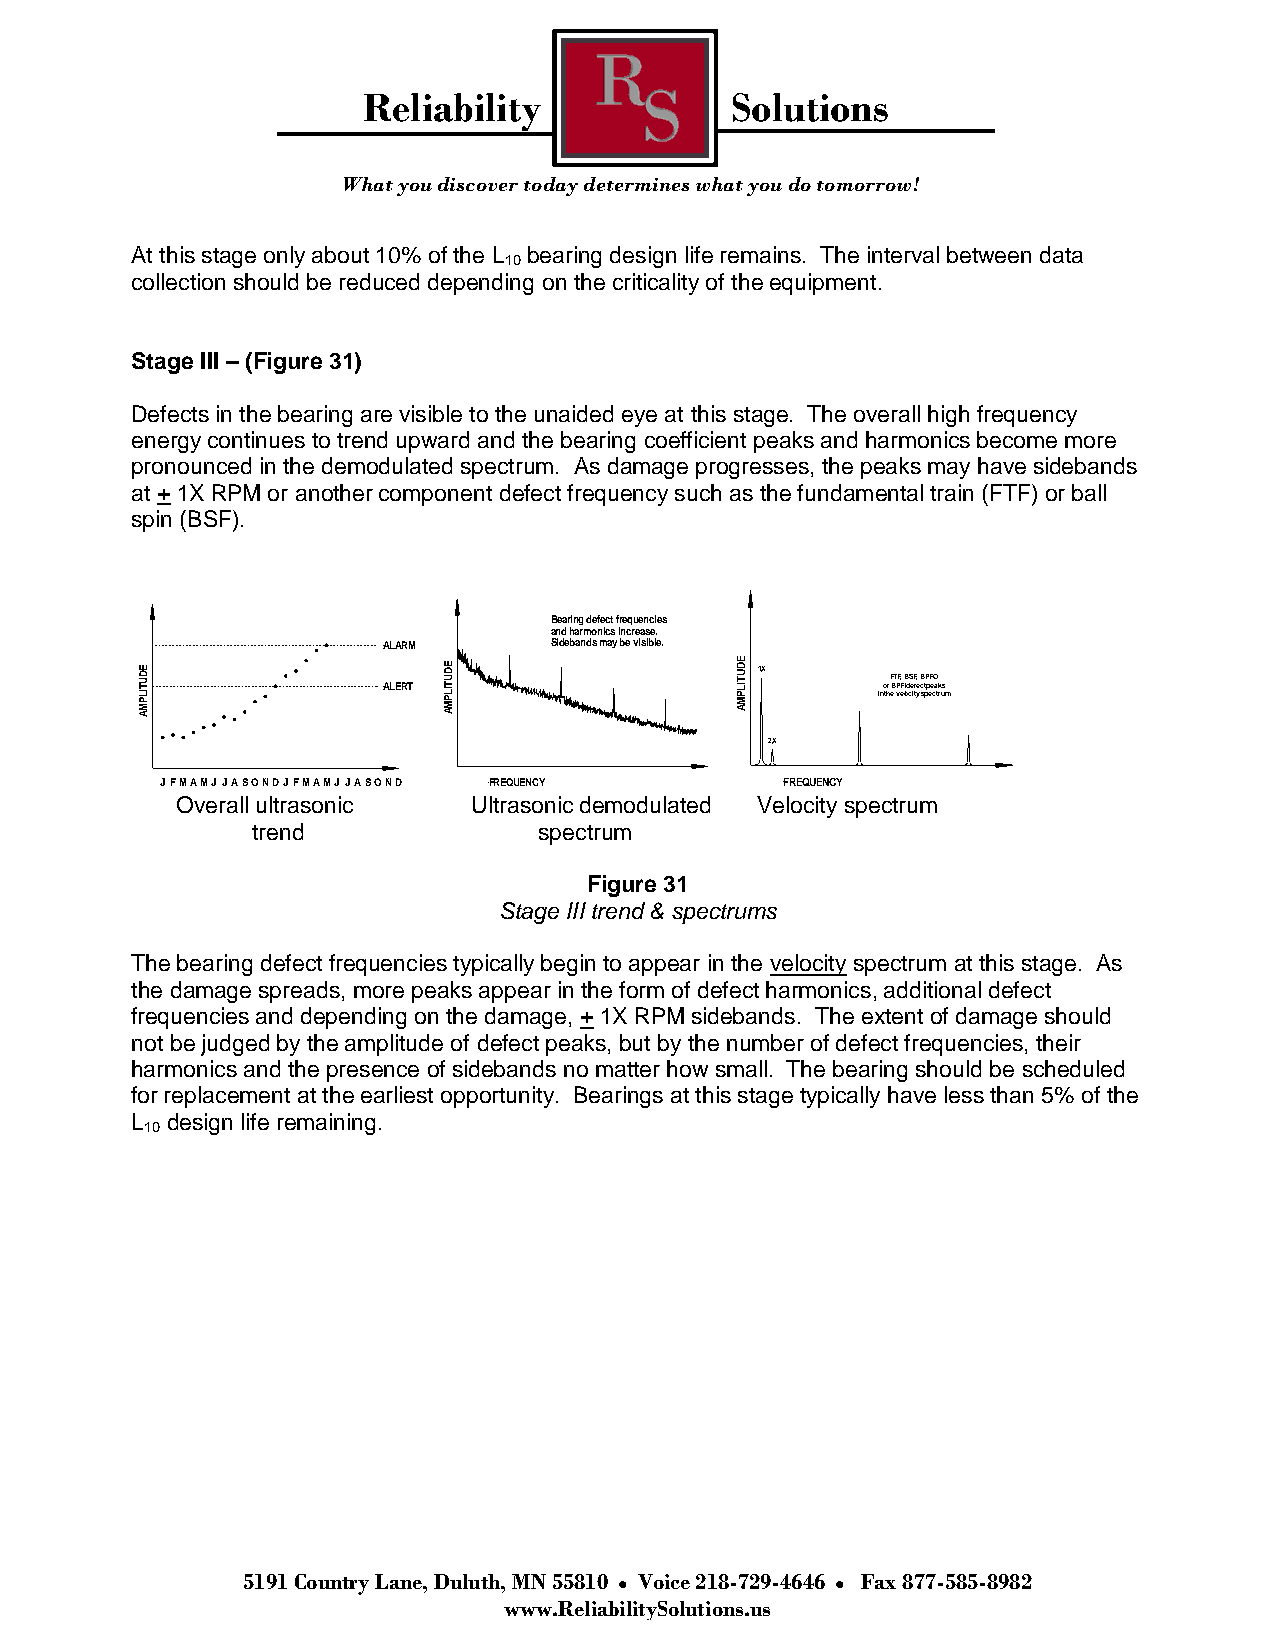
Reliability             Solutions
 What you discover today determines what you do tomorrow!
 At this stage only about 10% of the L bearing design life remains. The interval between data
 10
 collection should be reduced depending on the criticality of the equipment.
 Stage III – (Figure 31)
 Defects in the bearing are visible to the unaided eye at this stage. The overall high frequency
 energy continues to trend upward and the bearing coefficient peaks and harmonics become more
 pronounced in the demodulated spectrum. As damage progresses, the peaks may have sidebands
 at + 1X RPM or another component defect frequency such as the fundamental train (FTF) or ball
 spin (BSF).
 Bearing defect frequencies
 and harmonics increase.
 ALARM      Sidebands may be visible.
 AMPLITUDE
 ALERT
 AMPLITUDE           AMPLITUDE 1X
 ino tr
 h
 F
 B
 eT
 P
 vF
 F
 e,
 I
 lB
 od
 cS
 e
 iF
 f te
 y,
 c
 B stP
 p
 pF
 ee
 cO
 a tk rus
 m
 2X
 JFMAMJJASONDJFMAMJJASOND FREQUENCY       FREQUENCY
 Overall ultrasonic Ultrasonic demodulated Velocity spectrum
 trend              spectrum
 Figure 31
 Stage III trend & spectrums
 The bearing defect frequencies typically begin to appear in the velocity spectrum at this stage. As
 the damage spreads, more peaks appear in the form of defect harmonics, additional defect
 frequencies and depending on the damage, + 1X RPM sidebands. The extent of damage should
 not be judged by the amplitude of defect peaks, but by the number of defect frequencies, their
 harmonics and the presence of sidebands no matter how small. The bearing should be scheduled
 for replacement at the earliest opportunity. Bearings at this stage typically have less than 5% of the
 L design life remaining.
 10
 5191 Country Lane, Duluth, MN 55810 Voice 218-729-4646 Fax 877-585-8982
 www.ReliabilitySolutions.us